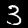
Digit: 3